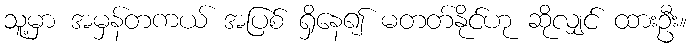
သူ့မှာ အမှန်တကယ် အပြစ် ရှိနေ၍ မတတ်နိုင်ဟု ဆိုလျှင် ထားဦး။